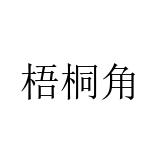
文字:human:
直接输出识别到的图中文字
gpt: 梧桐角